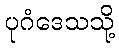
ပုဂံဒေသသို့